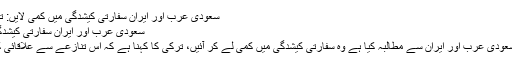
سعودی عرب اور ایران سفارتی کیشدگی میں کمی لایں: ترکی | Instant ख़बर
سعودی عرب اور ایران سفارتی کیشدگی میں کمی لایں: ترکی
ترکی کی حکومت نے سعودی عرب اور ایران سے مطالبہ کیا ہے وہ سفارتی کیشدگی میں کمی لے کر آئیں، ترکی کا کہنا ہے کہ اس تنازعے سے علاقائی کشیدگی میں اضافہ ہوگا۔